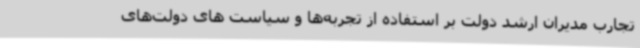
تجارب مدیران ارشد دولت بر استفاده از تجربه‌ها و سیاست های دولت‌های